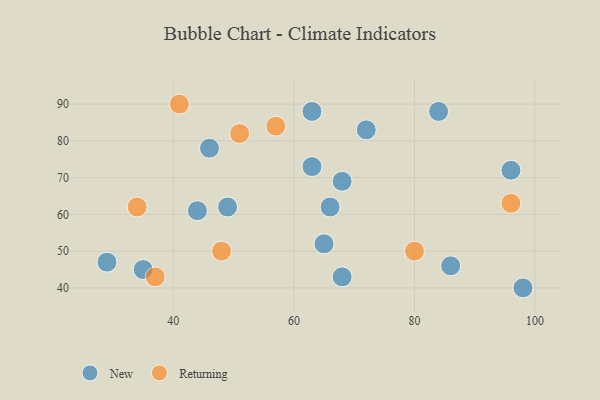
{"axis": {"x": "GDP", "y": "Life Expectancy"}, "legend": ["New", "Returning"], "data": [{"x": "35", "y": 45, "type": "New"}, {"x": "46", "y": 78, "type": "New"}, {"x": "63", "y": 88, "type": "New"}, {"x": "44", "y": 61, "type": "New"}, {"x": "72", "y": 83, "type": "New"}, {"x": "29", "y": 47, "type": "New"}, {"x": "86", "y": 46, "type": "New"}, {"x": "84", "y": 88, "type": "New"}, {"x": "49", "y": 62, "type": "New"}, {"x": "66", "y": 62, "type": "New"}, {"x": "65", "y": 52, "type": "New"}, {"x": "98", "y": 40, "type": "New"}, {"x": "63", "y": 73, "type": "New"}, {"x": "96", "y": 72, "type": "New"}, {"x": "68", "y": 43, "type": "New"}, {"x": "68", "y": 69, "type": "New"}, {"x": "57", "y": 84, "type": "Returning"}, {"x": "51", "y": 82, "type": "Returning"}, {"x": "80", "y": 50, "type": "Returning"}, {"x": "34", "y": 62, "type": "Returning"}, {"x": "48", "y": 50, "type": "Returning"}, {"x": "41", "y": 90, "type": "Returning"}, {"x": "96", "y": 63, "type": "Returning"}, {"x": "37", "y": 43, "type": "Returning"}]}